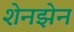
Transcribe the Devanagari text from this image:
शेनझेन